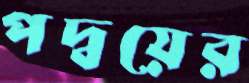
পদ্বয়ের